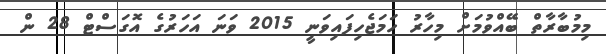
މިމުބާރާތް ބޭއްވުމަށް މިހާރު ހަމަޖެހިފައިވަނީ 2015 ވަނަ އަހަރުގެ އޮގަސްޓް 28 ން